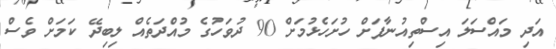
އަދި މައްސަލަ އިސްތިއުނާފަށް ހުށަހެޅުމަށް 90 ދުވަހުގެ މުއްދަތެއް ލިބިދޭ ކަމަށް ވެސް